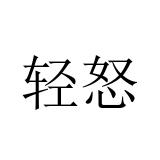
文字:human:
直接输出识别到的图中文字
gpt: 轻怒